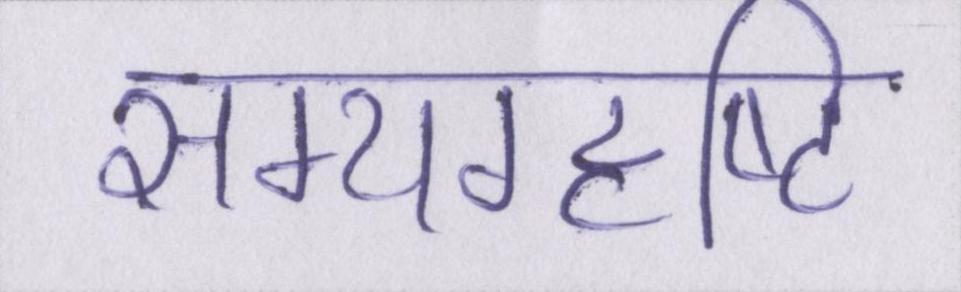
सम्यग्दृष्टि